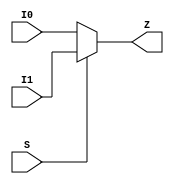
// This program was cloned from: https://github.com/chipsalliance/aib-phy-hardware
// License: Apache License 2.0

// SPDX-License-Identifier: Apache-2.0
// Copyright (C) 2019 Intel Corporation. 
module c3aibadapt_cmn_clkmux2_cell
(
        output  wire    Z,
        input   wire    I0,
        input   wire    I1,
        input   wire    S
);

      assign Z = S ? I1 : I0;

endmodule // c3aibadapt_cmn_clkmux2_cell